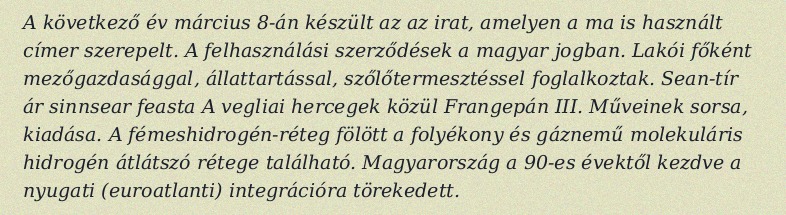
A következő év március 8-án készült az az irat, amelyen a ma is használt címer szerepelt. A felhasználási szerződések a magyar jogban. Lakói főként mezőgazdasággal, állattartással, szőlőtermesztéssel foglalkoztak. Sean-tír ár sinnsear feasta A vegliai hercegek közül Frangepán III. Műveinek sorsa, kiadása. A fémeshidrogén-réteg fölött a folyékony és gáznemű molekuláris hidrogén átlátszó rétege található. Magyarország a 90-es évektől kezdve a nyugati (euroatlanti) integrációra törekedett.